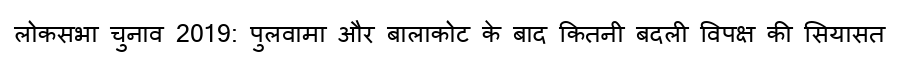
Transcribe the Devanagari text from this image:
लोकसभा चुनाव 2019: पुलवामा और बालाकोट के बाद कितनी बदली विपक्ष की सियासत